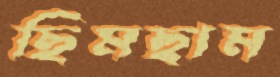
ছিমছাম